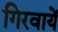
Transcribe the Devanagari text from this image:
गिरवायें